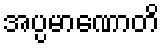
အပ္ပမာဏောတိ